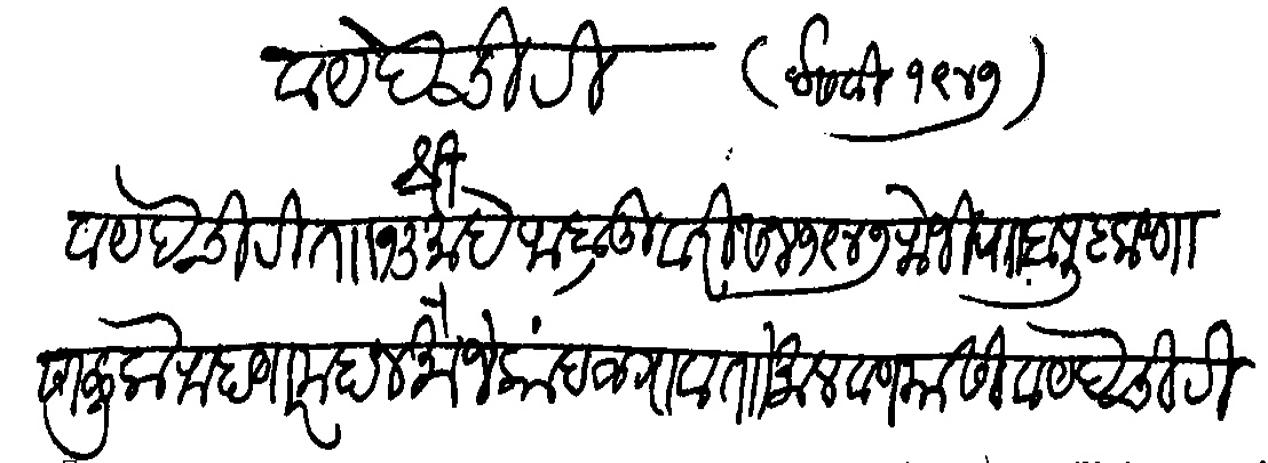
Transliteration (Devanagari): श्री वायदे चिठी ताा १३ माहे फेब्रुवारी सन १९४७ रोजी रा बापू कृष्णा सालुके राहाणार महान मौजे कांदळगाव ताो मालवण यासी वायदेचिठी